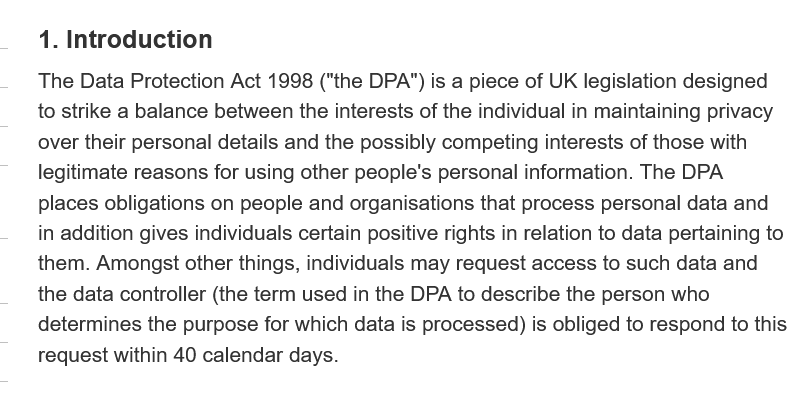
1. Introduction
    The  Data Protection Act 1998 ("the DPA") is a piece of UK legislation designed
    to strike a balance between the interests of the individual in maintaining privacy
    over their personal details and the possibly competing interests of those with
    legitimate reasons for using other people's personal information. The DPA
    places obligations on people and organisations that process personal data and
    in addition gives individuals certain positive rights in relation to data pertaining to
    them. Amongst other things, individuals may request access to such data and
    the data controller (the term used in the DPA to describe the person who
    determines the purpose for which data is processed) is obliged to respond to this
    request within 40 calendar days.